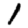
Digit: 1